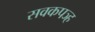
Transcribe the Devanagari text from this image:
सवकपञ्ह